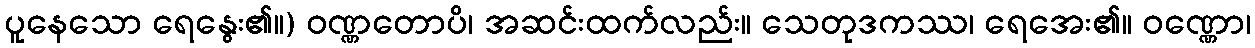
ပူနေသော ရေနွေး၏။) ဝဏ္ဏတောပိ၊ အဆင်းထက်လည်း။ သေတုဒကဿ၊ ရေအေး၏။ ဝဏ္ဏော၊